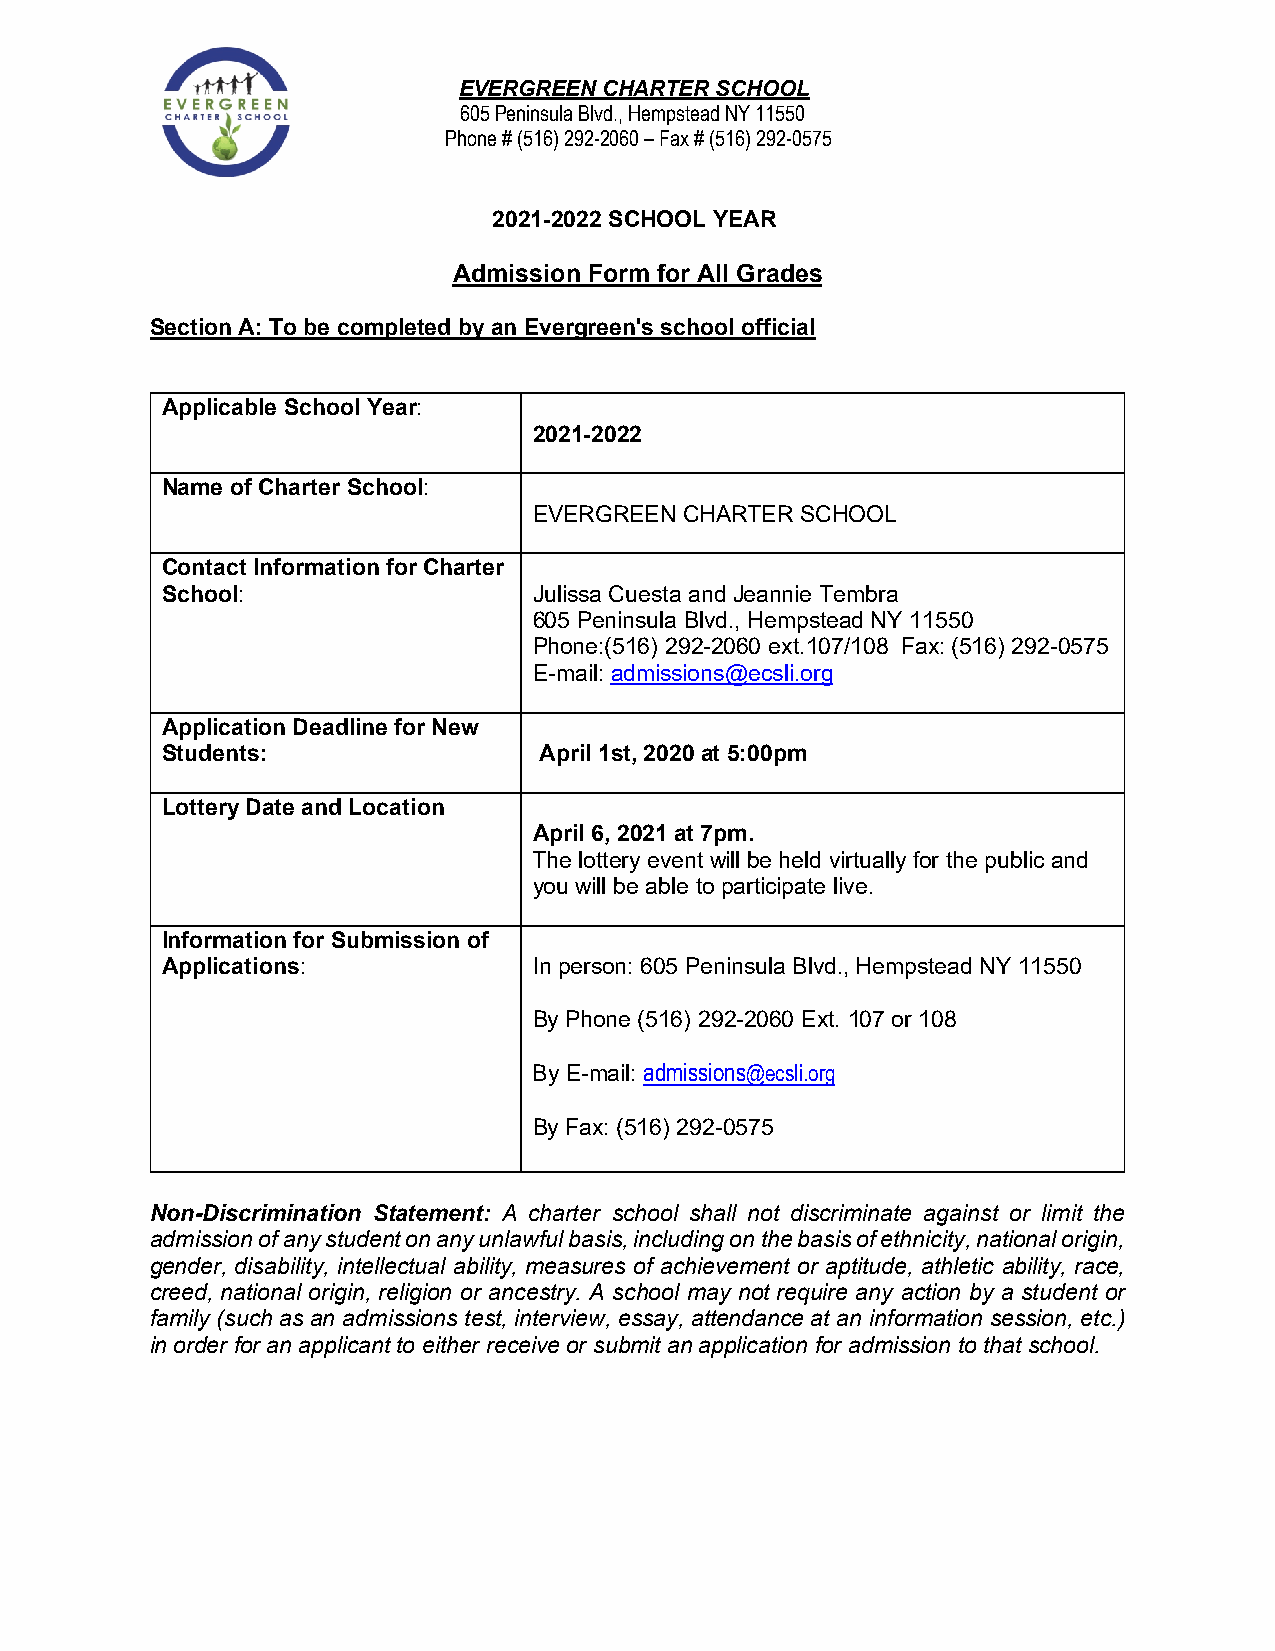
EVERGREEN CHARTER SCHOOL
 605 Peninsula Blvd., Hempstead NY 11550
 Phone # (516) 292-2060 – Fax # (516) 292-0575
 2021-2022 SCHOOL YEAR
 Admission Form for All Grades
 Section A: To be completed by an Evergreen's school official
 Applicable School Year:
 2021-2022
 Name of Charter School:
 EVERGREEN CHARTER SCHOOL
 Contact Information for Charter
 School:                 Julissa Cuesta and Jeannie Tembra
 605 Peninsula Blvd., Hempstead NY 11550
 Phone:(516) 292-2060 ext.107/108 Fax: (516) 292-0575
 E-mail: admissions@ecsli.org
 Application Deadline for New
 Students:                April 1st, 2020 at 5:00pm
 Lottery Date and Location
 April 6, 2021 at 7pm.
 The lottery event will be held virtually for the public and
 you will be able to participate live.
 Information for Submission of
 Applications:           In person: 605 Peninsula Blvd., Hempstead NY 11550
 By Phone (516) 292-2060 Ext. 107 or 108
 By E-mail: admissions@ecsli.org
 By Fax: (516) 292-0575
 Non-Discrimination Statement: A charter school shall not discriminate against or limit the
 admission of any student on any unlawful basis, including on the basis of ethnicity, national origin,
 gender, disability, intellectual ability, measures of achievement or aptitude, athletic ability, race,
 creed, national origin, religion or ancestry. A school may not require any action by a student or
 family (such as an admissions test, interview, essay, attendance at an information session, etc.)
 in order for an applicant to either receive or submit an application for admission to that school.